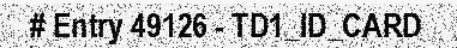
# Entry 49126 - TD1_ID_CARD